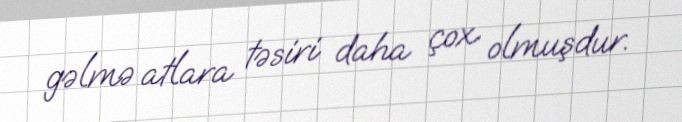
gəlmə atlara təsiri daha çox olmuşdur.